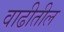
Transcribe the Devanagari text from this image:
वाढीतील